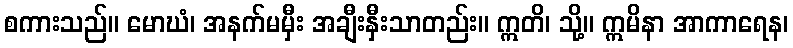
စကားသည်။ မောဃံ၊ အနက်မမှီး အချီးနှီးသာတည်း။ ဣတိ၊ သို့။ ဣမိနာ အာကာရေန၊